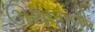
ઊથલાવી